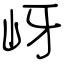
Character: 岈